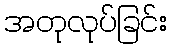
အတုလုပ်ခြင်း